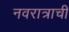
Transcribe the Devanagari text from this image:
नवरात्राची